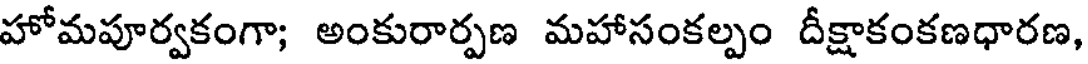
హోమపూర్వకంగా; అంకురార్పణ మహాసంకల్పం దీక్షాకంకణధారణ,